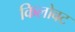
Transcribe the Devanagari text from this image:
किलोवट